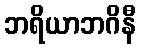
ဘရိယာဘဂိနီ